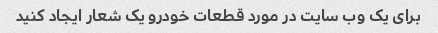
برای یک وب سایت در مورد قطعات خودرو یک شعار ایجاد کنید